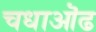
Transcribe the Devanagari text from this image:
चधाऒढ